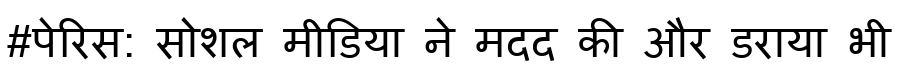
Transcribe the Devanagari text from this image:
#पेरिस: सोशल मीडिया ने मदद की और डराया भी